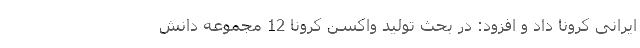
ایرانی کرونا داد و افزود: در بحث تولید واکسن کرونا 12 مجموعه دانش